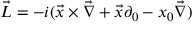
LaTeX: \vec { L } = - i ( \vec { x } \times \vec { \nabla } + \vec { x } \partial _ { 0 } - x _ { 0 } \vec { \nabla } )